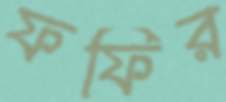
ফফির